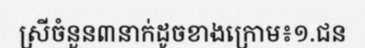
ស្រីចំនួន៣នាក់ដូចខាងក្រោម៖១.ជន